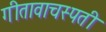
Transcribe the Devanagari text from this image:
गीतावाचस्पती